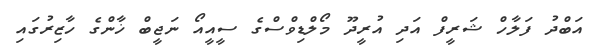
އަބްދު ފަލާހް ޝަރީފް އަދި އުރީދޫ މޯލްޑިވްސްގެ ސީއީއޯ ނަޖީބް ޚާންގެ ހާޒިރުގައި